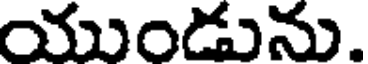
యుండును.